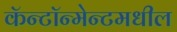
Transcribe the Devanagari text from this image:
कॅन्टॉन्मेन्टमधील